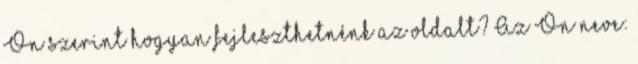
Ön szerint hogyan fejleszthetnénk az oldalt? Az Ön neve: